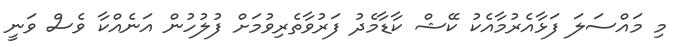
މި މައްސަލަ ފަޅާއެރުމާއެކު ކޭޝް ކާޑާމެދު ފަރުވާތެރިވުމަށް ފުލުހުން އަނެއްކާ ވެސް ވަނީ